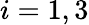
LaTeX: i=1,3